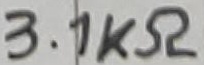
Text: 3.1KΩ